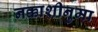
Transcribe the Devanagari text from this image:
नक्काशीनुमा